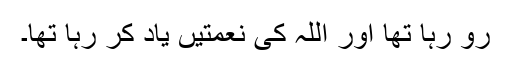
رو رہا تھا اور اللہ کی نعمتیں یاد کر رہا تھا۔